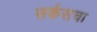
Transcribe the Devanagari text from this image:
सर्कसचा